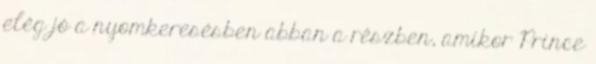
elég jó a nyomkeresésben abban a részben, amikor Prince